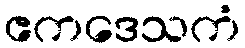
ဧကဒေသကံ